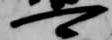
可